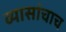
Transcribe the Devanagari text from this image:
व्यासांचाच